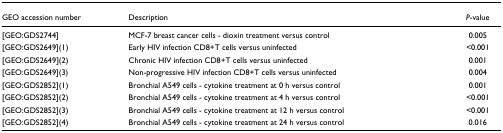
<table><thead><tr><td><b>GEO accession number</b></td><td><b>Description</b></td><td><b><i>P</i>-value</b></td></tr></thead><tbody><tr><td>[GEO:GDS2744]</td><td>MCF-7 breast cancer cells - dioxin treatment versus control</td><td>0.005</td></tr><tr><td>[GEO:GDS2649](1)</td><td>Early HIV infection CD8+T cells versus uninfected</td><td>&lt;0.001</td></tr><tr><td>[GEO:GDS2649](2)</td><td>Chronic HIV infection CD8+T cells versus uninfected</td><td>0.001</td></tr><tr><td>[GEO:GDS2649](3)</td><td>Non-progressive HIV infection CD8+T cells versus uninfected</td><td>0.004</td></tr><tr><td>[GEO:GDS2852](1)</td><td>Bronchial A549 cells - cytokine treatment at 0 h versus control</td><td>0.001</td></tr><tr><td>[GEO:GDS2852](2)</td><td>Bronchial A549 cells - cytokine treatment at 4 h versus control</td><td>&lt;0.001</td></tr><tr><td>[GEO:GDS2852](3)</td><td>Bronchial A549 cells - cytokine treatment at 12 h versus control</td><td>&lt;0.001</td></tr><tr><td>[GEO:GDS2852](4)</td><td>Bronchial A549 cells - cytokine treatment at 24 h versus control</td><td>0.016</td></tr></tbody></table>